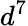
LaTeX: d^{7}